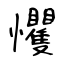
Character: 戄